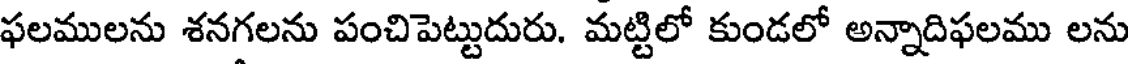
ఫలములను శనగలను పంచిపెట్టుదురు. మట్టిలో కుండలో అన్నాదిఫలము లను